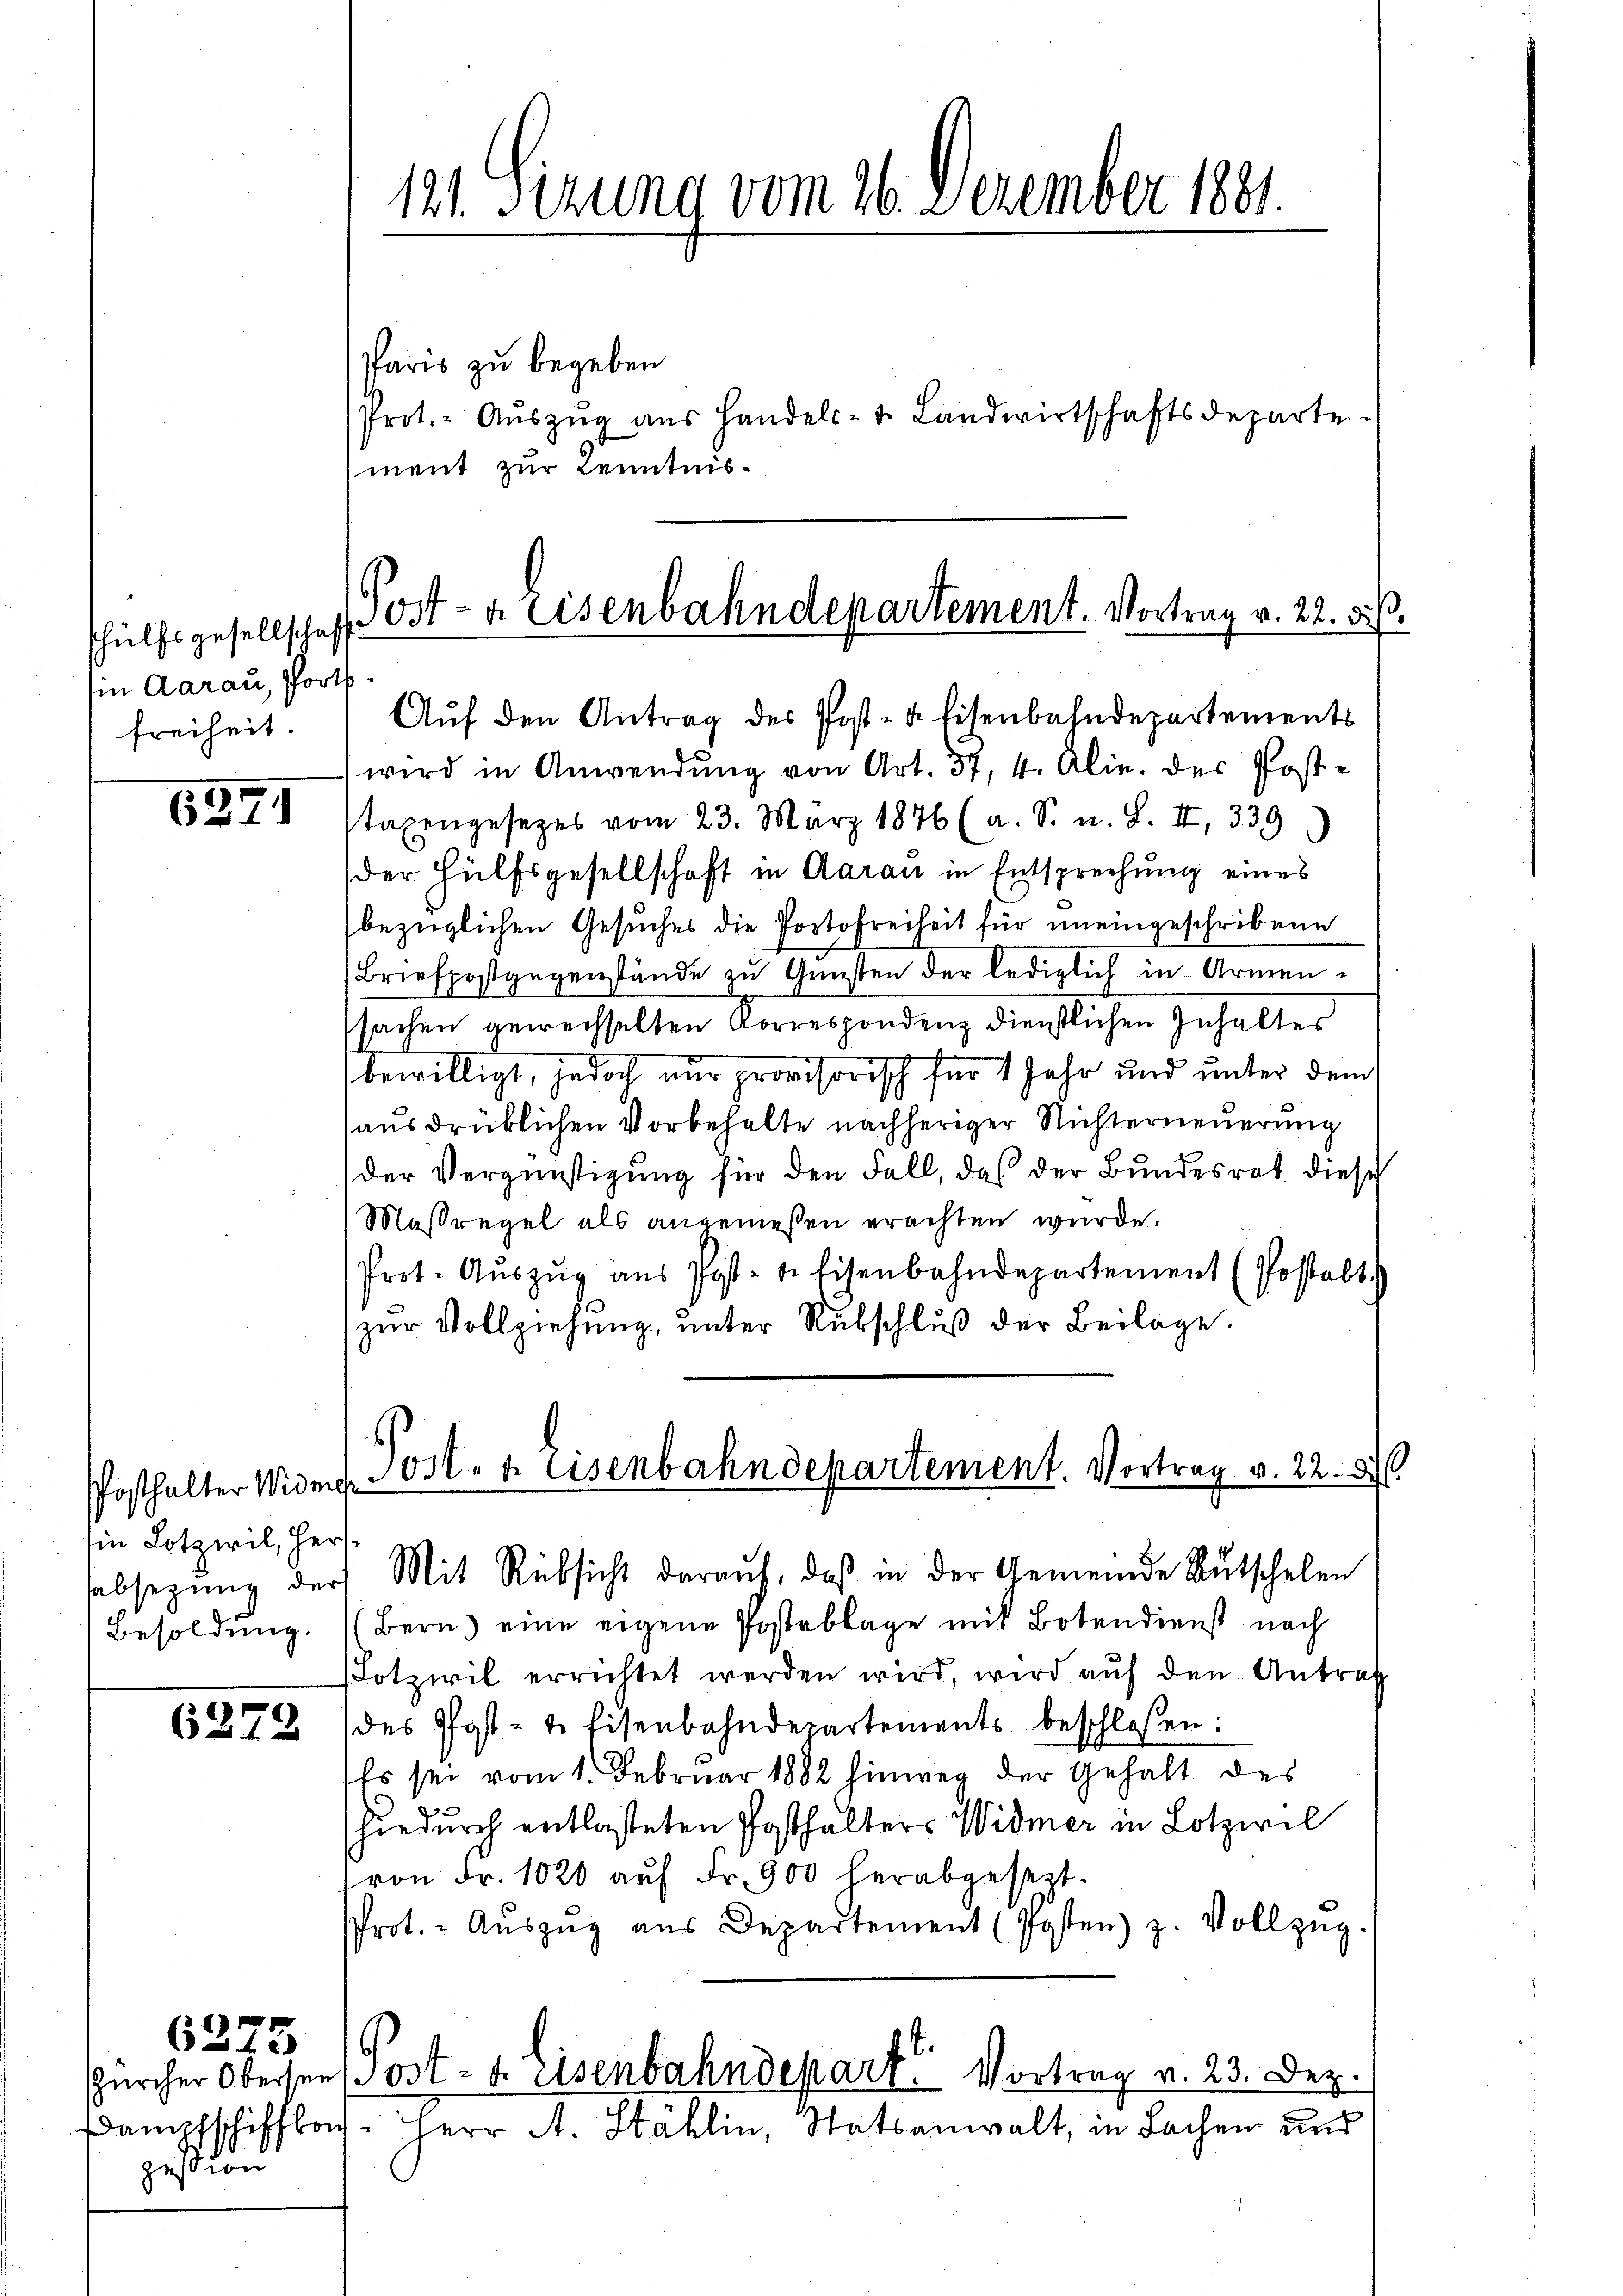
hülfsgesellschaft
sin Aarau, Port
Freiheit

5371

Phosthalter Widma
Ein Lotzwil, Her
sabsetzung der
Besoldung.

6272

6275

Zürcher Obersen
Dampfschifflo
pession

121. Sizung vom 26. Dezember 1801.

Paris zu begeben
Prot. - Auszug aus Handels- u. Landwirtschaftsdeparte
ment zur Kenntnis¬

Post-a Eisenbahndepartement. Vortrag v. 22. dieß
Aŭf den Antrag des Post- & Eisenbahndepartements

wird in Anwendung von Art. 37, 4. Alin. des Post-
taxengesetzes vom 23. März 1876 (a. S. n. F. II 339
der Hülfsgesellschaft in Aarau in Entsprechung eines
bezüglichen Gesuches die Portofreiheit für uneingeschribene
Briefpostgegenstände zu Gunsten der lediglich in Armensachen gewechselten Korrespondenz dienstlichen Inhaltes
bewilligt, jedoch prisorisch für 1 Jahr und unter dem
ausdrücklichen Vorbehalte nachheriger Nichterneuerung
(der Vergünstigung für den Fall, daß der Bundesrat diese
Massregel als angemeßen erachten wurde.
Prot. Aŭszŭg aŭs Post- u. Eisenbahndepartement (Postalt.
zur Vollziehung, unter Rubschluß der Beilage.
Josten Eisenbahndepartement. Vortrag v. 22. 84.
r
Mit Rüksicht darauf, daß in der Gemeinde Bütschelen
Bern) eine eigene Postablage mit Botendienst nach
Lotzivil errichtet werden wird wird auf den Antrag
des Post- & Eisenbahndepartements beschloßen:
Es sei vom 1. Februar 1882 hinweg der Gehalt des
hiedurch entlasteten Posthalters Widmer in Lotzwil
von Fr. 1020 aŭf Fr. 900 herabgesezt.
Prot. - Aŭszŭg aŭs Departement (Posten) z. Vollzŭg.
.
Post- u. Eisenbahndepart. Vortrag v. 23. Dez.
Herr A. Stählin, Statsanwalt, in Sachen und